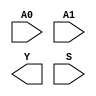
module sky130_fd_sc_hd__mux2i (
    //# {{data|Data Signals}}
    input  A0,
    input  A1,
    output Y ,

    //# {{control|Control Signals}}
    input  S
);

    // Voltage supply signals
    supply1 VPWR;
    supply0 VGND;
    supply1 VPB ;
    supply0 VNB ;

endmodule